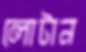
লোটান